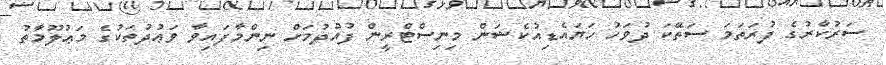
ސަރުކާރުގެ ފުރަތަމަ ސަތޭކަ ދުވަހު ހަޔައެޑިއުކެޝަން މިނިސްޓްރީން ފުއްދުމަށް ނިންމާފައިވާ ވަޢުދުތަކުގެ މަޢުލޫމާތު